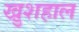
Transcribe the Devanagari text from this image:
खु़शहाल